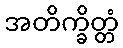
အတိက္ခိတ္တံ